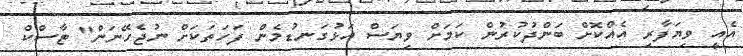
އެއީ ވިޔަފާރި އެއްކޮށް ބަންދުކުރުން ކަމަށް ވިޔަސް އަޅުގަނޑުމެން ފަހަތަކަށް ނުޖެހޭނަން" ޓާސްކް